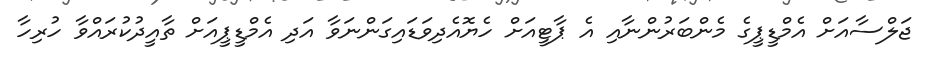
ޖަލްސާއަށް އެމްޑީޕީގެ މެންބަރުންނާއި އެ ޕާޓީއަށް ހެޔޮއެދިވަޑައިގަންނަވާ އަދި އެމްޑީޕީއަށް ތާއީދުކުރައްވާ ހުރިހާ